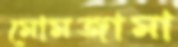
মোমজামা